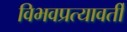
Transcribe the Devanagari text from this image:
विभवप्रत्यावर्ती